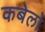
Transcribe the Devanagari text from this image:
कबेलो